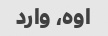
اوه، وارد